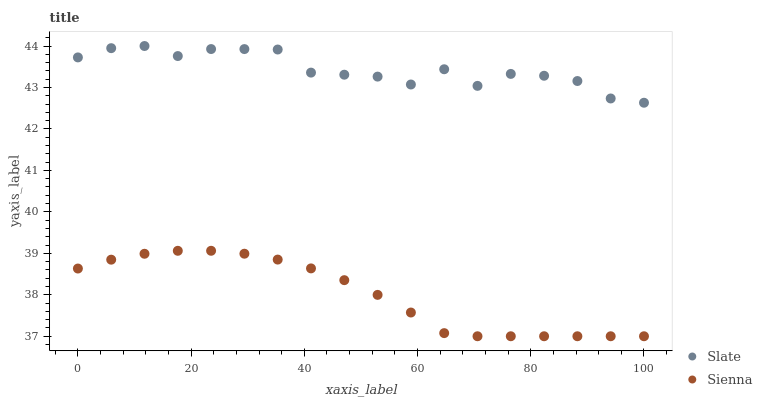
| xaxis_label | Slate | Sienna |
 | --- | --- | --- |
 | 0 | 43.7 | 38.6 |
 | 5.88 | 43.9 | 38.8 |
 | 11.8 | 44 | 39 |
 | 17.6 | 43.8 | 39.1 |
 | 23.5 | 43.9 | 39.1 |
 | 29.4 | 43.9 | 39 |
 | 35.3 | 43.9 | 38.8 |
 | 41.2 | 43.4 | 38.6 |
 | 47.1 | 43.3 | 38.4 |
 | 52.9 | 43.3 | 38 |
 | 58.8 | 43.1 | 37.6 |
 | 64.7 | 43.4 | 37.1 |
 | 70.6 | 43 | 37 |
 | 76.5 | 43.3 | 37 |
 | 82.4 | 43.3 | 37 |
 | 88.2 | 43.2 | 37 |
 | 94.1 | 42.7 | 37 |
 | 100 | 42.6 | 37 |